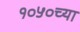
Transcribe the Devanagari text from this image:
१०५०च्या